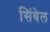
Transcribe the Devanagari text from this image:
सिंबेल